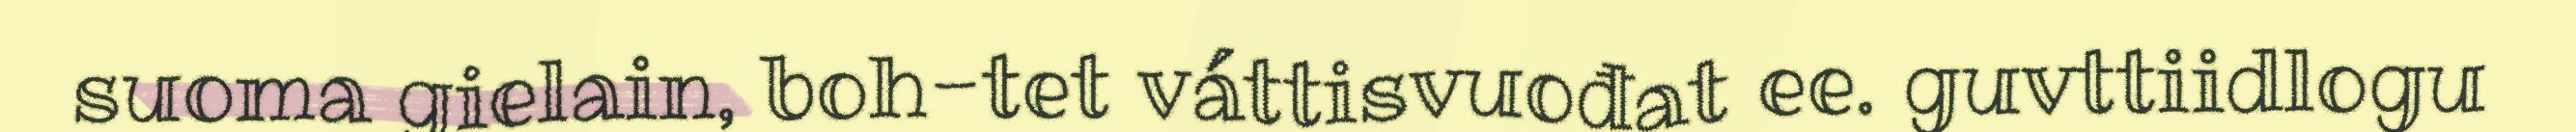
suoma gielain, boh-tet váttisvuođat ee. guvttiidlogu